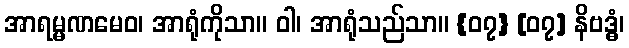
အာရမ္မဏမေဝ၊ အာရုံကိုသာ။ ဝါ၊ အာရုံသည်သာ။ {၀၇} [၀၇] နိဗဒ္ဓံ၊